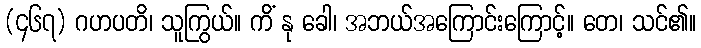
(၄၆၇) ဂဟပတိ၊ သူကြွယ်။ ကိံ နု ခေါ၊ အဘယ်အကြောင်းကြောင့်။ တေ၊ သင်၏။